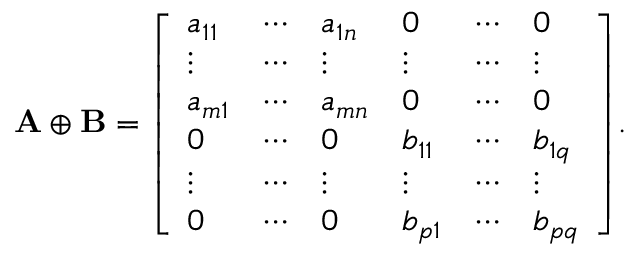
\mathbf { A } \oplus \mathbf { B } = { \left[ \begin{array} { l l l l l l } { a _ { 1 1 } } & { \cdots } & { a _ { 1 n } } & { 0 } & { \cdots } & { 0 } \\ { \vdots } & { \cdots } & { \vdots } & { \vdots } & { \cdots } & { \vdots } \\ { a _ { m 1 } } & { \cdots } & { a _ { m n } } & { 0 } & { \cdots } & { 0 } \\ { 0 } & { \cdots } & { 0 } & { b _ { 1 1 } } & { \cdots } & { b _ { 1 q } } \\ { \vdots } & { \cdots } & { \vdots } & { \vdots } & { \cdots } & { \vdots } \\ { 0 } & { \cdots } & { 0 } & { b _ { p 1 } } & { \cdots } & { b _ { p q } } \end{array} \right] } .